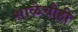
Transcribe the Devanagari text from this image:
शाळेचीही